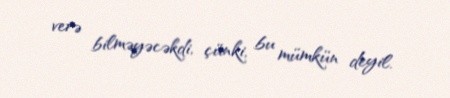
verə bilməyəcəkdi, çünki, bu mümkün deyil.